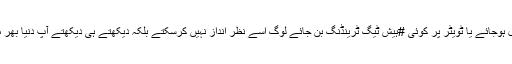
آج فیس بک پر کوئی پوسٹ وائرل ہوجائے یا ٹویٹر پر کوئی #ہیش ٹیگ ٹرینڈنگ بن جائے لوگ اسے نظر انداز نہیں کرسکتے بلکہ دیکھتے ہی دیکھتے آپ دنیا بھر میں پہچانے جانے لگ جاتے ہیں۔